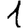
Digit: 1